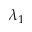
\lambda _ { 1 }